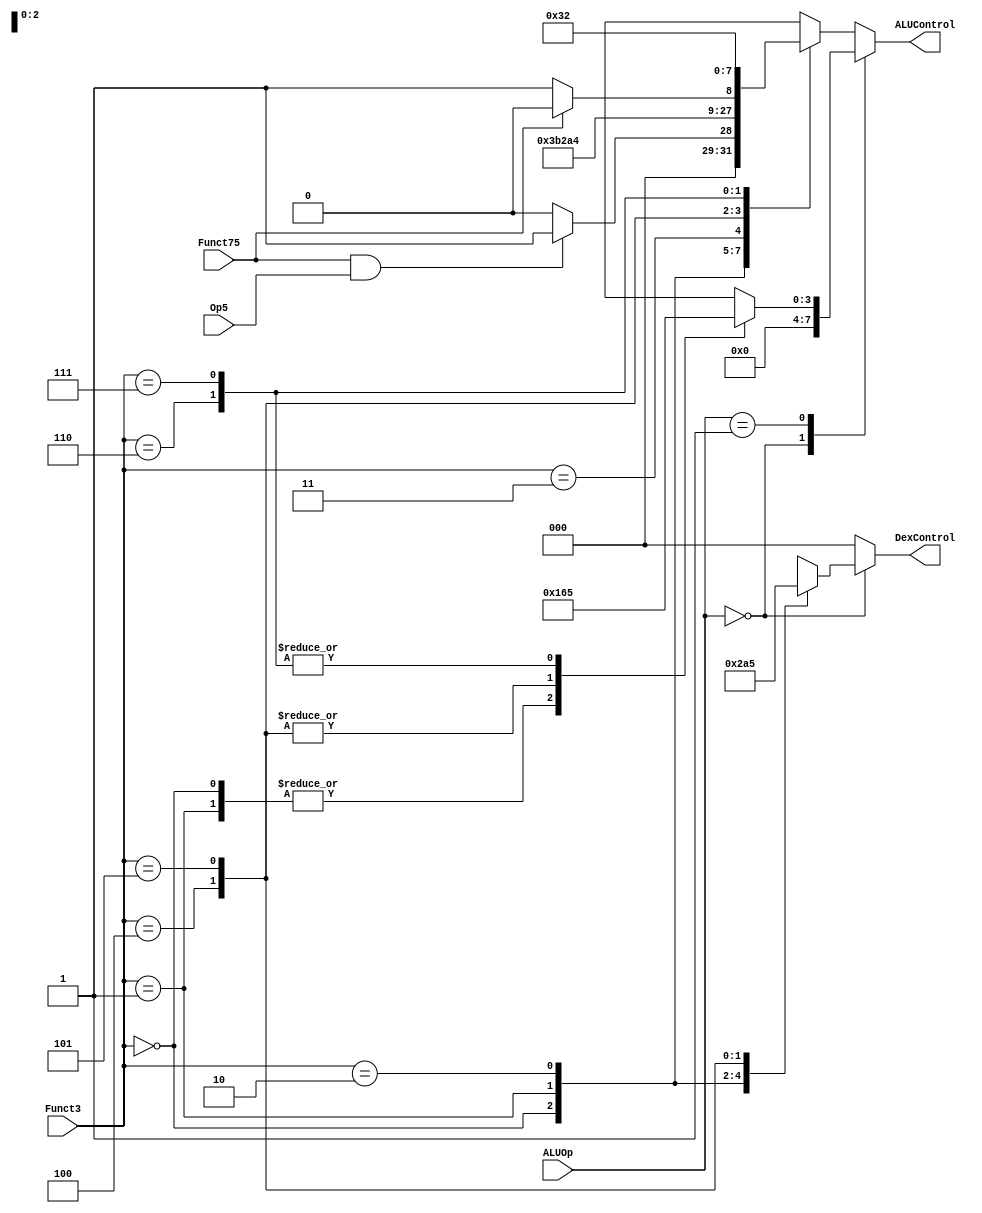
module ALU_Decoder (ALUOp, Funct3, Funct75, Op5, ALUControl, DexControl);

	input Op5, Funct75; 
	input [1:0] ALUOp;
	input [2:0] Funct3;
	output reg [3:0] ALUControl;
	output reg [2:0] DexControl;
	
	wire RtypeSub;
	
	assign RtypeSub = Funct75 & Op5; // Subtract signal 
	
	always @(*) begin
		case(ALUOp)
			2'b00:
			begin
			   ALUControl = 4'b0000; //Addition
			   case (Funct3)
			       3'b000: DexControl = 3'b000; //lb, sb
			       3'b001: DexControl = 3'b001; //lh, sh
			       3'b010: DexControl = 3'b010; //lw, sw
			       3'b100: DexControl = 3'b100; //lbu
			       3'b101: DexControl = 3'b101; //lhu
			       default: DexControl = 3'bxxx;
			   endcase
			end  

			2'b01: //Braches
			begin 
				DexControl = 3'b000;
				case (Funct3)
					3'b000: ALUControl = 4'b0001; //subtraction
					3'b001: ALUControl = 4'b0001; //subtraction
					3'b100: ALUControl = 4'b0110; //set less than
					3'b101: ALUControl = 4'b0110; //set less than
					3'b110: ALUControl = 4'b0101; //set less than unsigned
					3'b111: ALUControl = 4'b0101; //set less than unsigned
					default: ALUControl = 4'bxxxx;
				endcase
			end 
			default:
			begin
				DexControl = 3'b000;
				case (Funct3) //R-Type or I-Type
					3'b000:
						if (RtypeSub)
							ALUControl = 4'b0001; //sub
						else
							ALUControl = 4'b0000; //add, addi
					3'b001: ALUControl = 4'b0111; //sll, slli
					3'b010: ALUControl = 4'b0110; //slt, slti
					3'b011: ALUControl = 4'b0101; //sltu, sltiu
					3'b100: ALUControl = 4'b0100; //xor, xori
					3'b101: if(Funct75) 
								ALUControl = 4'b1000; //srl, srli
							  else
								ALUControl = 4'b1001; //sra, srai
					3'b110: ALUControl = 4'b0011; //or, ori
					3'b111: ALUControl = 4'b0010; //and, andi
					default: ALUControl = 4'bxxxx;
				endcase
			end
		endcase
		
	end
	
endmodule